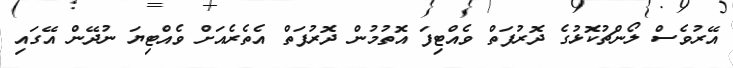
އޭރުވެސް ލޯންޗުކޮޅުގެ ދޮރުފަތް ވެއްޓިފަ އޮތުމުން ދޮރުފަތް އެތެރެއަށް ވެއްޓިޔަ ނުދޭން އޭގައި